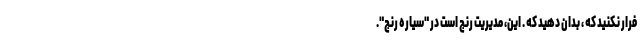
فرار نکنید که ، بدان دهید که . این، مدیریت رنج است در "سیاره رنج".